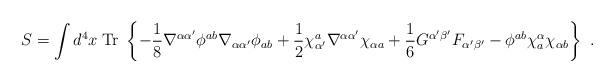
LaTeX: \begin{align*}S = \int d^4x \; \mbox{Tr}\;\left\{ -{1\over 8} \nabla^{\alpha\alpha'}\phi^{ab}\nabla_{\alpha\alpha'} \phi_{ ab} +{1\over 2} \chi^a_{\alpha'}\nabla^{\alpha\alpha'}\chi_{\alpha a} + {1\over 6} G^{\alpha'\beta'} F_{\alpha'\beta'} - \phi^{ab} \chi^\alpha_a \chi_{\alpha b}\right\} \ . \end{align*}